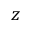
z